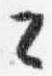
々